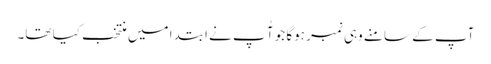
آپ کے سامنے وہی نمبر ہوگا جو آُ پ نے ابتدا میں منتخب کیا تھا۔